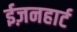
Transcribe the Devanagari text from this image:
ईज़नहार्ट